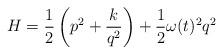
LaTeX: \begin{align*} H=\frac{1}{2}\left(p^2+\frac{k}{q^2}\right)+\frac{1}{2}\omega(t)^2q^2\end{align*}